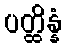
ပတ္ထိန္နံ